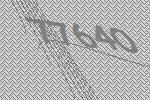
77640